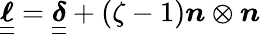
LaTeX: \boldsymbol{\underline{{\underline{{\ell}}}}}=\boldsymbol{\underline{{\underline{{\delta}}}}}+(\zeta-1)\boldsymbol{n}\otimes\boldsymbol{n}